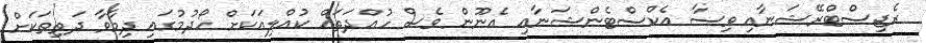
ރެޖިސްޓްރޭޝަނާއި ވިސާ އެކްސްޓެންޝަނާއި އެނޫން ވެސް ހުއްދަތައް ކުއްލިއަކަށް ހޯދުމުގައި ދިމާވާ ދަތިތަކަށް